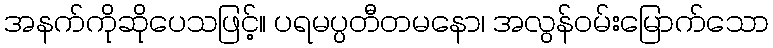
အနက်ကိုဆိုပေသဖြင့်။ ပရမပ္ပတီတမနော၊ အလွန်ဝမ်းမြောက်သော